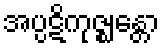
အပ္ပဋိကုဇ္ဈန္တော